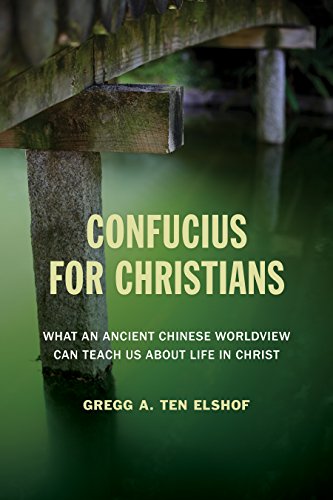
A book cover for Confucius for Christians: What an Ancient Chinese Worldview Can Teach Us about Life in Christ; Gregg A. Ten Elshof; Religion & Spirituality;